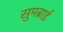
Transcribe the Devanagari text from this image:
सुमब्राई